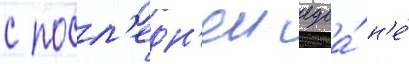
с посл'едн'еи едва́ н'е́